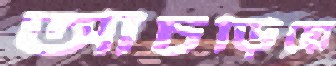
আঁচড়িয়ে